Account of plague administration in the Bombay Presidency from September 1896 till May 1897
Year: 1896
Disease focus: Plague
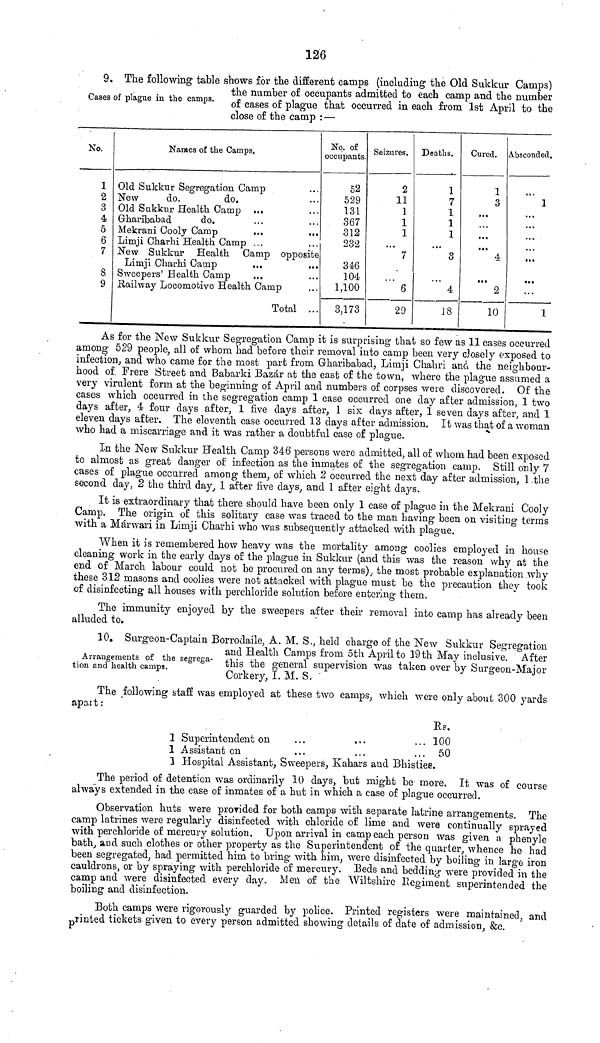
126
Cases of plague in the camps.
9. The following table shows for the different camps (including the Old Sukkur Camps)
the number or occupants admitted to each camp and the number
of cases of plague that occurred in each from 1st April to the
close of the camp : —
No.
1
2
3
4
5
6
7
8
9
Names of the Camps.
Old Sukkur Segregation Camp
New
do.
do.
Old Sukkur Health Camp ...
Gharibabad
do.
Mekrani Cooly Camp
Limji Charhi Health Camp ...
New Sukkur Health Camp opposite
Limji Charhi Camp
...
...
Sweepers' Health Camp
...
Railway Locomotive Health Camp
Total ...
No. of
occupants.
52
529
131
367
312
232
346
104
1,100
3,173
Seizures.
2
11
1
1
1
...
7
6
29
Deaths.
1
7
1
1
1
...
S
4
18
Cured.
1
3
...
...
...
...
4
...
2
10
Absconded.
1
...
...
...
...
...
...
1
As for the New Sukkur Segregation Camp it is surprising that so few as 11 cases occurred
among 529 people, all of whom had before their removal into camp been very closely exposed to
infection, and who came for the most part from Gharibabad, Limji Chahri and the neighbour-
hood of. Frere Street and Babarki Bazar at the east of the town, where the plague assumed a
very virulent form at the beginning of April and numbers of corpses were discovered. Of the
cases which occurred in the segregation camp 1 case occurred one day after admission, 1 two
days after, 4 four days after, 1 five days after, 1 six clays after, 1 seven days after, and 1
eleven days after. The eleventh case occurred 13 days after admission. It was that of a woman
who had a miscarriage and it was rather a doubtful case of plague.
In the New Sukkur Health Camp 346 persons were admitted, all of whom had been exposed
to almost as great danger of infection as the inmates of the segregation camp. Still only 7
cases of plague occurred among them, of which 2 occurred the next day after admission, 1 the
second day, 2 the third day, 1 after five days, and 1 after eight days.
It is extraordinary that there should have been only 1 case of plague in the Mekrani Cooly
Camp. The origin of this solitary case was traced to the man having been on visiting terms
with a Márwari in Limji Charhi who was subsequently attacked with plague.
When it is remembered how heavy was the mortality among coolies employed in house
cleaning work in the early days of the plague in Sukkur (and this was the reason why at the
end of March labour could not be procured on any terms), the most probable explanation why
these 312 masons and coolies were not attacked with plague must be the precaution they took
of disinfecting all houses with perchloride solution before entering them.
The immunity enjoyed by the sweepers after their removal into camp has already been
alluded to.
Arrangements of the segrega-
tion and health camps.
10. Surgeon-Captain Borrodaile, A. M. S., held charge of the New Sukkur Segregation
and Health Camps from 5th April to 19 th May inclusive. After
this the general supervision was taken over by Surgeon-Major
Corkery, I. M. S.
The following staff was employed at these two camps, which were only about 300 yards
apart:
1
1
1
Superintendent on
Assistant on
...
...
. • •
...
Es.
100
50
Hospital Assistant, Sweepers, Kahars and Bhisties.
The period of detention was ordinarily 10 days, but might be more. It was of course
always extended in the case of inmates of a hut in which a case of plague occurred.
Observation huts were provided for both camps with separate latrine arrangements. The
camp latrines were regularly disinfected with chloride of lime and were continually sprayed
with perchloride of mercury solution. Upon arrival in camp each person was given a phenyle
bath, and such clothes or other property as the Superintendent of the quarter, whence he had
been segregated, had permitted him to bring with him, were disinfected by boiling in large iron
cauldrons, or by spraying with perchloride of mercury. Beds and bedding were provided in the
camp and were disinfected every day. Men of the Wiltshire Regiment superintended the
boiling and disinfection.
Both camps were rigorously guarded by police. Printed registers were maintained, and
printed tickets given to every person admitted showing details of date of admission, &c.